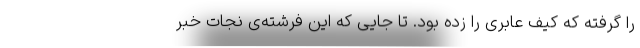
را گرفته که کیف عابری را زده بود. تا جایی که این فرشته‌ی نجات خبر